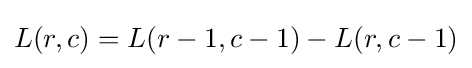
L(r,c)=L(r-1,c-1)-L(r,c-1)